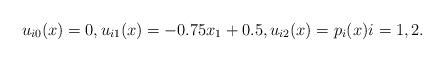
LaTeX: \begin{align*} u_{i0}(x) = 0, u_{i1}(x) = -0.75x_1 + 0.5, u_{i2}(x) = p_i(x) i = 1, 2.\end{align*}